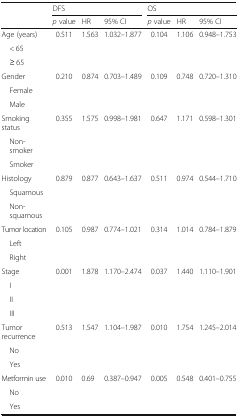
<table><thead><tr><td></td><td colspan="3"><b>DFS</b></td><td colspan="3"><b>OS</b></td></tr><tr><td></td><td><b><i>p</i> value</b></td><td><b>HR</b></td><td><b>95% CI</b></td><td><b><i>p</i> value</b></td><td><b>HR</b></td><td><b>95% CI</b></td></tr></thead><tbody><tr><td>Age (years)</td><td>0.511</td><td>1.563</td><td>1.032–1.877</td><td>0.104</td><td>1.106</td><td>0.948–1.753</td></tr><tr><td> &lt; 65</td><td></td><td></td><td></td><td></td><td></td><td></td></tr><tr><td> ≥ 65</td><td></td><td></td><td></td><td></td><td></td><td></td></tr><tr><td>Gender</td><td>0.210</td><td>0.874</td><td>0.703–1.489</td><td>0.109</td><td>0.748</td><td>0.720–1.310</td></tr><tr><td> Female</td><td></td><td></td><td></td><td></td><td></td><td></td></tr><tr><td> Male</td><td></td><td></td><td></td><td></td><td></td><td></td></tr><tr><td>Smoking status</td><td>0.355</td><td>1.575</td><td>0.998–1.981</td><td>0.647</td><td>1.171</td><td>0.598–1.301</td></tr><tr><td> Non-smoker</td><td></td><td></td><td></td><td></td><td></td><td></td></tr><tr><td> Smoker</td><td></td><td></td><td></td><td></td><td></td><td></td></tr><tr><td>Histology</td><td>0.879</td><td>0.877</td><td>0.643–1.637</td><td>0.511</td><td>0.974</td><td>0.544–1.710</td></tr><tr><td> Squamous</td><td></td><td></td><td></td><td></td><td></td><td></td></tr><tr><td> Non-squamous</td><td></td><td></td><td></td><td></td><td></td><td></td></tr><tr><td>Tumor location</td><td>0.105</td><td>0.987</td><td>0.774–1.021</td><td>0.314</td><td>1.014</td><td>0.784–1.879</td></tr><tr><td> Left</td><td></td><td></td><td></td><td></td><td></td><td></td></tr><tr><td> Right</td><td></td><td></td><td></td><td></td><td></td><td></td></tr><tr><td>Stage</td><td>0.001</td><td>1.878</td><td>1.170–2.474</td><td>0.037</td><td>1.440</td><td>1.110–1.901</td></tr><tr><td> I</td><td></td><td></td><td></td><td></td><td></td><td></td></tr><tr><td> II</td><td></td><td></td><td></td><td></td><td></td><td></td></tr><tr><td> III</td><td></td><td></td><td></td><td></td><td></td><td></td></tr><tr><td>Tumor recurrence</td><td>0.513</td><td>1.547</td><td>1.104–1.987</td><td>0.010</td><td>1.754</td><td>1.245–2.014</td></tr><tr><td> No</td><td></td><td></td><td></td><td></td><td></td><td></td></tr><tr><td> Yes</td><td></td><td></td><td></td><td></td><td></td><td></td></tr><tr><td>Metformin use</td><td>0.010</td><td>0.69</td><td>0.387–0.947</td><td>0.005</td><td>0.548</td><td>0.401–0.755</td></tr><tr><td> No</td><td></td><td></td><td></td><td></td><td></td><td></td></tr><tr><td> Yes</td><td></td><td></td><td></td><td></td><td></td><td></td></tr></tbody></table>